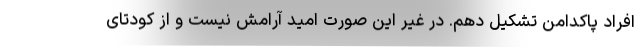
افراد پاکدامن تشکیل دهم. در غیر این صورت امید آرامش نیست و از کودتای